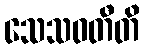
သေသဝတီတိ